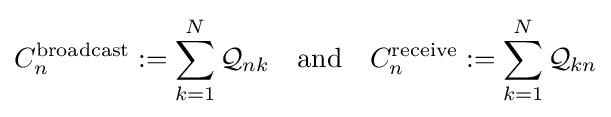
C_{n}^{\mathrm {broadcast} }:=\sum _{k=1}^{N}{\mathcal {Q}}_{nk}\quad \mathrm {and} \quad C_{n}^{\mathrm {receive} }:=\sum _{k=1}^{N}{\mathcal {Q}}_{kn}